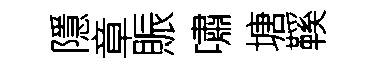
隱章賑嘯塘鞵